Indian journal of veterinary science and animal husbandry - Volume 3,
Year: 1933
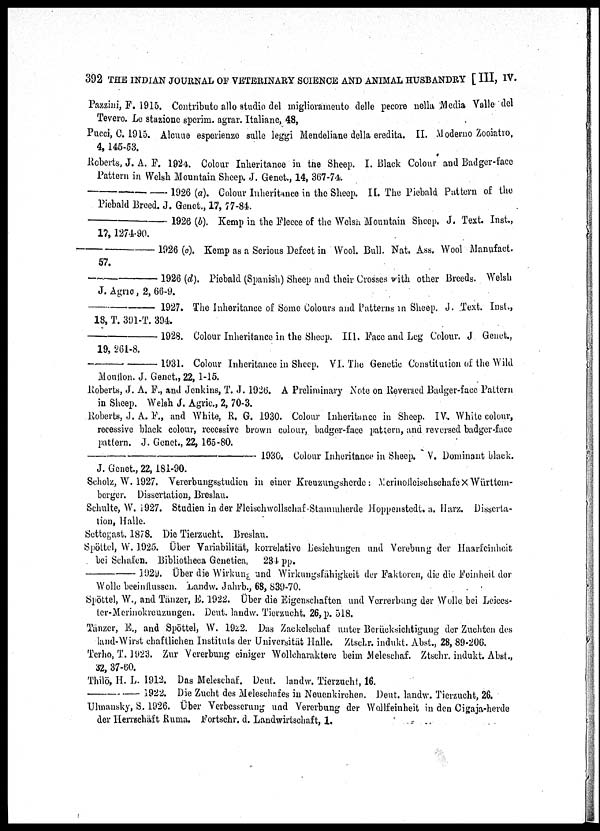
392 THE INDIAN JOURNAL OF VETERINARY SCIENCE AND ANIMAL HUSBANDRY [ III, IV.
Pazzini, F. 1915. Contributo allo studio del miglioramento delle pecore nella Media Valle del
Tevero. Le stazione sperim. agrar. Italiane, 48,
Pucci, C. 1915. Alcuue esperienze sulle leggi Mendeliane della eredita. II. Moderno Zooiatro,
4,145-53.
Roberts, J. A. F. 1924. Colour Inheritance in the Sheep. I. Black Colour and Badger-face
Pattern in Welsh Mountain Sheep. J. Genet., 14, 367-74.
—1926
(a). Colour Inheritance in the Sheep. II. The Piebald Pattern of the
Piebald Breed. J. Genet., 17, 77-84.
—1926
(b). Kemp in the Fleece of the Welsh Mountain Sheep. J. Text. Inst.,
17,1274-90.
—1926(c).
Kemp as a Serious Defect in Wool. Bull. Nat. Ass. Wool Manufact.
57.
—1926
(d). Piebald (Spanish) Sheep and their Crosses with other Breeds. Welsh
J. Agric, 2, 66-9.
—1927.
The Inheritance of Some Colours and Patterns in Sheep. J. .Text. Inst.,
18, T. 391-T. 394.
—1928.
Colour Inheritance in the Sheep. III. Face and Leg Colour. J Genet.,
19, 261-8.
—1931.
Colour Inheritance in Sheep. VI. The Genetic Constitution of the Wild
Mouflon. J. Genet., 22,1-15.
Roberts, J. A. F., and Jenkins, T. J. 1926. A Preliminary Note on Reversed Badger-face Pattern
in Sheep. Welsh J. Agric., 2, 70-3.
Roberts, J. A. F., and White, R. G. 1930. Colour Inheritance in Sheep. IV. White colour,
recessive black colour, recessive brown colour, badger-face pattern, and reversed badger-face
pattern. J. Genet., 22, 165-80.
—1930.
Colour Inheritance in Sheep. V. Dominant black.
J. Genet., 22,181-90.
Seholz, W. 1927. Vererbungsstudien in einer Kreuzungsherde : Merinofleischschafe× Württem-
berger. Dissertation, Breslau.
Schulte, W. 1927. Studien in der Fleischwollschaf Stammherde Hoppenstedt. a. Harz. Disserta-
tion, Halle.
Settegast. 1878. Die Tierzucht. Breslau.
Spöttel, W. 1925. Über Variabilität, korrelative Besichungen und Verebung der Haarfcinhcit
bei Schafen. Bibliotheca Genetica, 234 pp.
—1929.
Über
die Wirkung und Wirkuugsfähigkeit der Faktoren, die die Feinheit der
Wolle beeinflussen. Landw. Jahrb., 68, 839-70.
Spöttel, W., and Tänzer, E. 1922. Über die Eigenschaften und Yerrerbung der Wolle bei Leices-
ter-Merinokreuzungen. Deut. landw. Tierzucht. 26, p. 518.
Tänzer, E., and Spöttel, W. 1922. Das Zackelschaf unter Berücksichtigung der Zuchten des
land-Wirst chaftlichen Instituts der Universität Halle. Ztschr. indukt. Abst., 28, 89-206.
Terho, T. 1923. Zur Vererbung einiger Wollcharaktere beim Meleschaf. Ztschr. indukt. Abst.,
32, 37-60.
Thilö, H. L. 1912. Das Meleschaf. Deut. landw. Tierzucht, 16.
—1922.
Die Zucht des Meleschafes in Neuenkirchen. Deut. landw. Tierzucht, 26.
Ulmansky, S. 1926. Über Verbesserung und Vererbung der Wollfeinheit in den Cigaja-herde
der Herrschäft Ruma. Fortschr. d. Landwirtschaft, 1.